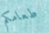
طعامكم